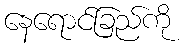
နေရောင်ခြည်ကို